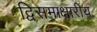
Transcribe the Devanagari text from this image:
द्विसमाक्षारीय